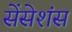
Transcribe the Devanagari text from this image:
सेंसेशंस